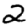
Digit: 2